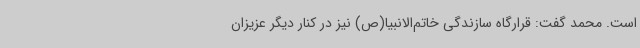
است. محمد گفت: قرارگاه سازندگی خاتم‌الانبیا(ص) نیز در کنار دیگر عزیزان